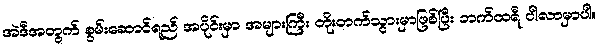
အဲဒီအတွက် စွမ်းဆောင်ရည် အပိုင်းမှာ အများကြီး တိုးတက်သွားမှာဖြစ်ပြီး ဘက်ထရီ ပါလာမှာပါ။